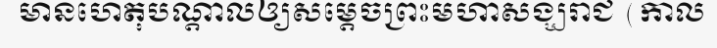
មានហេតុបណ្តាលឲ្យសម្តេចព្រះមហាសង្ឃរាជ (កាល